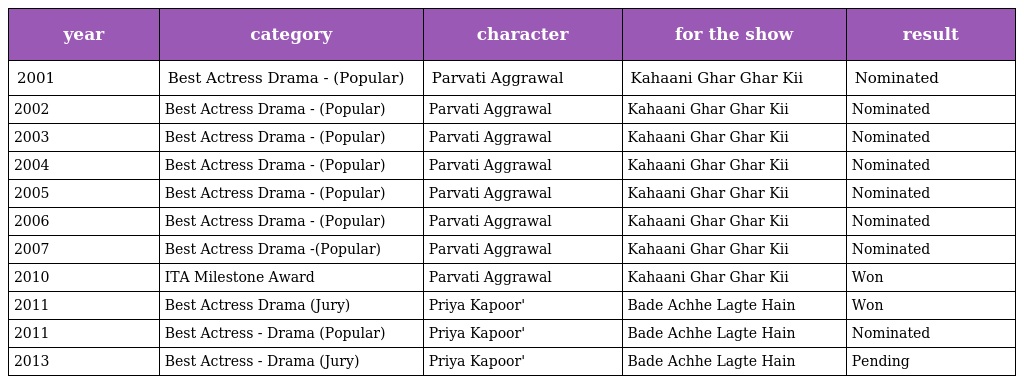
| year | category | character | for the show | result |
 | --- | --- | --- | --- | --- |
 | 2001 | Best Actress Drama - (Popular) | Parvati Aggrawal | Kahaani Ghar Ghar Kii | Nominated |
 | 2002 | Best Actress Drama - (Popular) | Parvati Aggrawal | Kahaani Ghar Ghar Kii | Nominated |
 | 2003 | Best Actress Drama - (Popular) | Parvati Aggrawal | Kahaani Ghar Ghar Kii | Nominated |
 | 2004 | Best Actress Drama - (Popular) | Parvati Aggrawal | Kahaani Ghar Ghar Kii | Nominated |
 | 2005 | Best Actress Drama - (Popular) | Parvati Aggrawal | Kahaani Ghar Ghar Kii | Nominated |
 | 2006 | Best Actress Drama - (Popular) | Parvati Aggrawal | Kahaani Ghar Ghar Kii | Nominated |
 | 2007 | Best Actress Drama -(Popular) | Parvati Aggrawal | Kahaani Ghar Ghar Kii | Nominated |
 | 2010 | ITA Milestone Award | Parvati Aggrawal | Kahaani Ghar Ghar Kii | Won |
 | 2011 | Best Actress Drama (Jury) | Priya Kapoor' | Bade Achhe Lagte Hain | Won |
 | 2011 | Best Actress - Drama (Popular) | Priya Kapoor' | Bade Achhe Lagte Hain | Nominated |
 | 2013 | Best Actress - Drama (Jury) | Priya Kapoor' | Bade Achhe Lagte Hain | Pending |